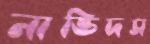
নাভিদস